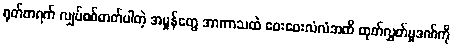
ရုတ်တရက် လျှပ်စစ်ဓာတ်ပါတဲ့ အမှုန်တွေ အာကာသထဲ ဝေးဝေးလံလံအထိ ထုတ်လွှတ်မှုဒဏ်ကို